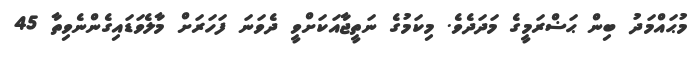
މުޙައްމަދު ބިން ޙަޟްރަމީގެ މަދަދެވެ. މިކަމުގެ ނަތީޖާއަކަށްވީ ދެވަނަ ފަހަރަށް މާލެވަޑައިގެންނެވިތާ 45